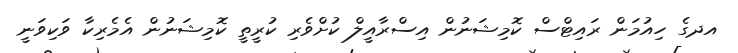
އދގެ ހިއުމަން ރައިޓްސް ކޮމިޝަނުން އިސްރާއީލް ކުށްވެރި ކުރީތީ ކޮމިޝަނުން އެމެރިކާ ވަކިވަނީ